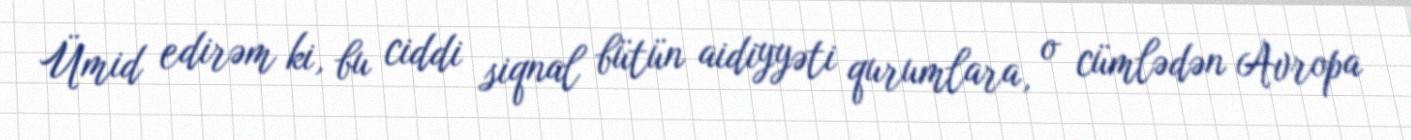
Ümid edirəm ki, bu ciddi siqnal bütün aidiyyəti qurumlara, o cümlədən Avropa